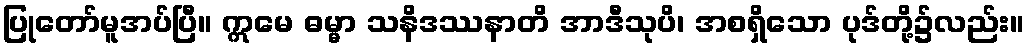
ပြုတော်မူအပ်ပြီ။ ဣမေ ဓမ္မာ သနိဒဿနာတိ အာဒီသုပိ၊ အစရှိသော ပုဒ်တို့၌လည်း။